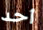
أحد